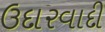
ઉદારવાદી